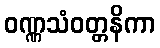
ဝဏ္ဏသံဝတ္တနိကာ